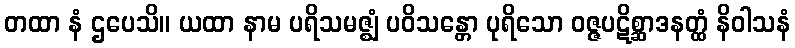
တထာ နံ ဌပေသိ။ ယထာ နာမ ပရိသမဇ္ဈံ ပဝိသန္တော ပုရိသော ဝဇ္ဇပဋိစ္ဆာဒနတ္ထံ နိဝါသနံ